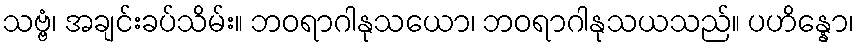
သဗ္ဗံ၊ အချင်းခပ်သိမ်း။ ဘဝရာဂါနုသယော၊ ဘဝရာဂါနုသယသည်။ ပဟိန္နော၊